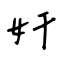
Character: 奸